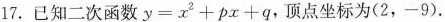
17.已知二次函数$$y=x^{2}+px+q$$，顶点坐标为(2，-9).